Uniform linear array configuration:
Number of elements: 12
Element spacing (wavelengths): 1
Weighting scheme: blackman
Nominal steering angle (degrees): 60
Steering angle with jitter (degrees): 58.188
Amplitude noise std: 0.05
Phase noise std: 0.05

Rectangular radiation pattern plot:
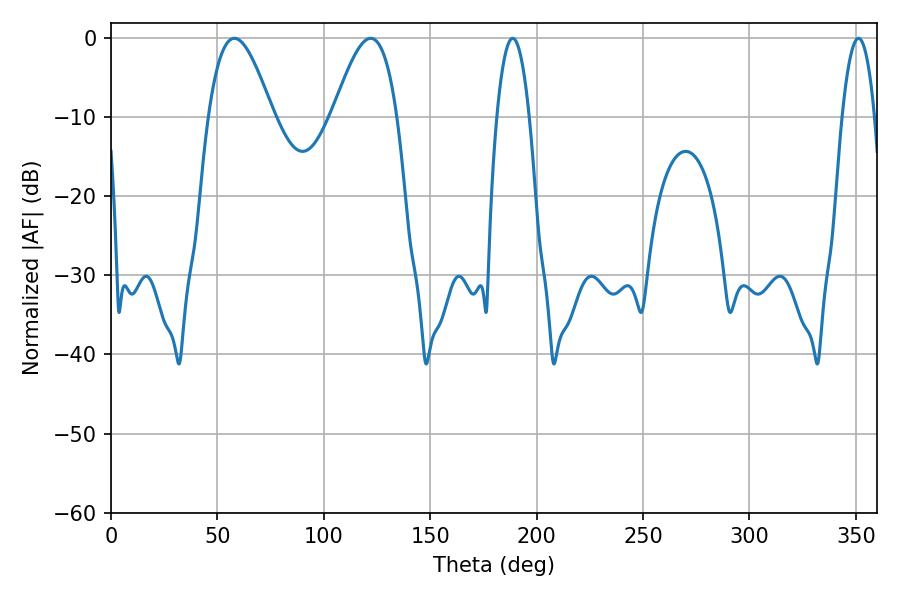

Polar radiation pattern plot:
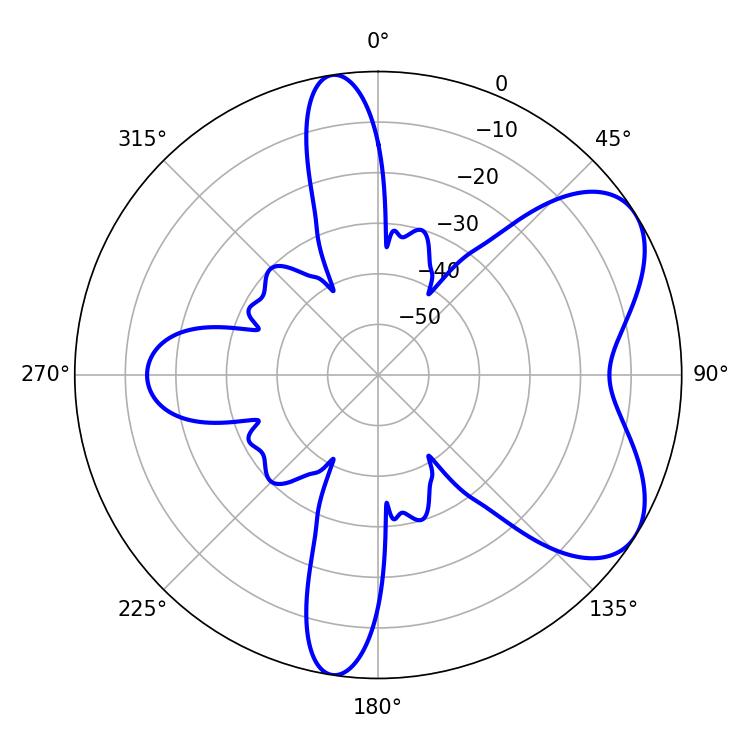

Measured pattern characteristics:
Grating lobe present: TRUE
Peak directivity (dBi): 6.124
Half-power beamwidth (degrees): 16.38
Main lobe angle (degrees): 57.96